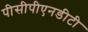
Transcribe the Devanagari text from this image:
पीसीपीएनडीटी